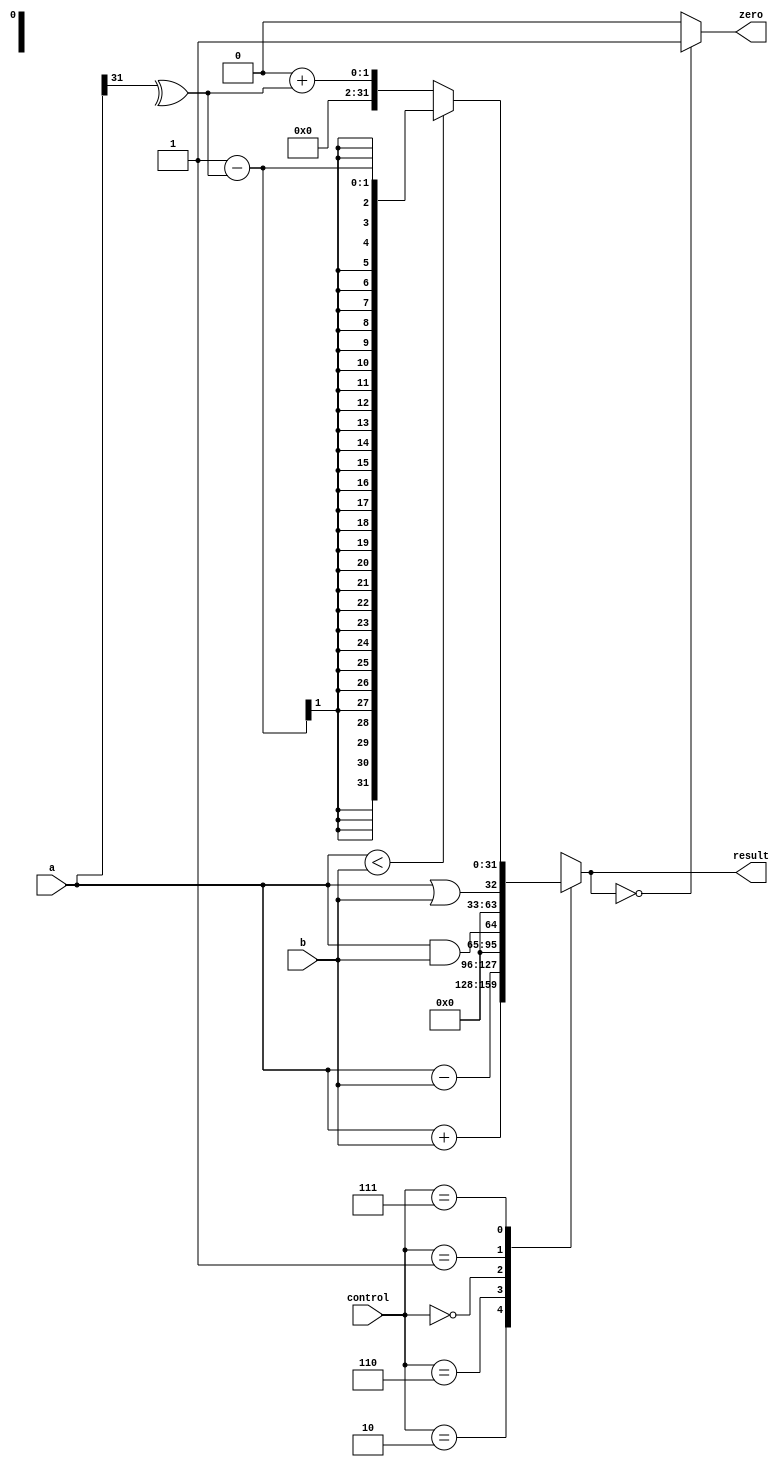
`timescale 1ns / 1ps
/* alu.v  */
module alu(
    input	wire	[31:0]	a,
    input	wire	[31:0]	b,
    input	wire	[2:0]   control,
    output	reg	    [31:0]	result,
    output	wire			zero
    
    );

	parameter	ALUadd	= 3'b010;
	parameter	ALUsub	= 3'b110;	  
	parameter   ALUand	= 3'b000;      
	parameter   ALUor	= 3'b001;	
	parameter   ALUslt	= 3'b111;
					
					
	
	// Handles negative inputs
	wire sign_mismatch;
	assign sign_mismatch = a[31] ^ a[32];
	
	initial
		result <= 0;
	
	always@*
		case(control)
			ALUadd:			result = a + b;
			ALUsub:			result = a - b;
			ALUand:			result = a && b;
			ALUor:			result = a || b;
			ALUslt:			result = a < b	? 1 - sign_mismatch : 0 + sign_mismatch;			
			default:			result = 32'bX;	// control = ALUx | *
		endcase
		
	   
	   assign zero = (result==0) ? 1'b1 : 1'b0;
		
endmodule